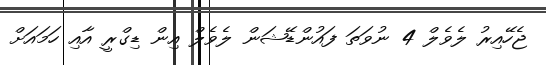
ޖެހޭއިރު ލެވެލް 4 ނުވަތަ ފައުންޑޭޝަން ލެވެލް އިން ޑިގްރީ އާއި ހަމައަށް